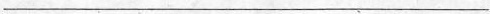
___